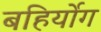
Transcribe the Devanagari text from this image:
बहिर्योग